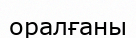
оралғаны